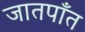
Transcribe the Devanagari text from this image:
जातपाँत